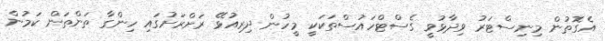
އެގޮތުން މިނިސްޓަރު ވިދާޅުވީ ގެސްޓްހައުސްތަކަކީ މީހުން ދިރިއުޅޭ ރަށްރަށުގައި ހިންގާ ތަންތަން ކަމުން